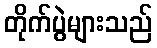
တိုက်ပွဲများသည်